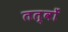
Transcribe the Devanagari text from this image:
तत्वोंं